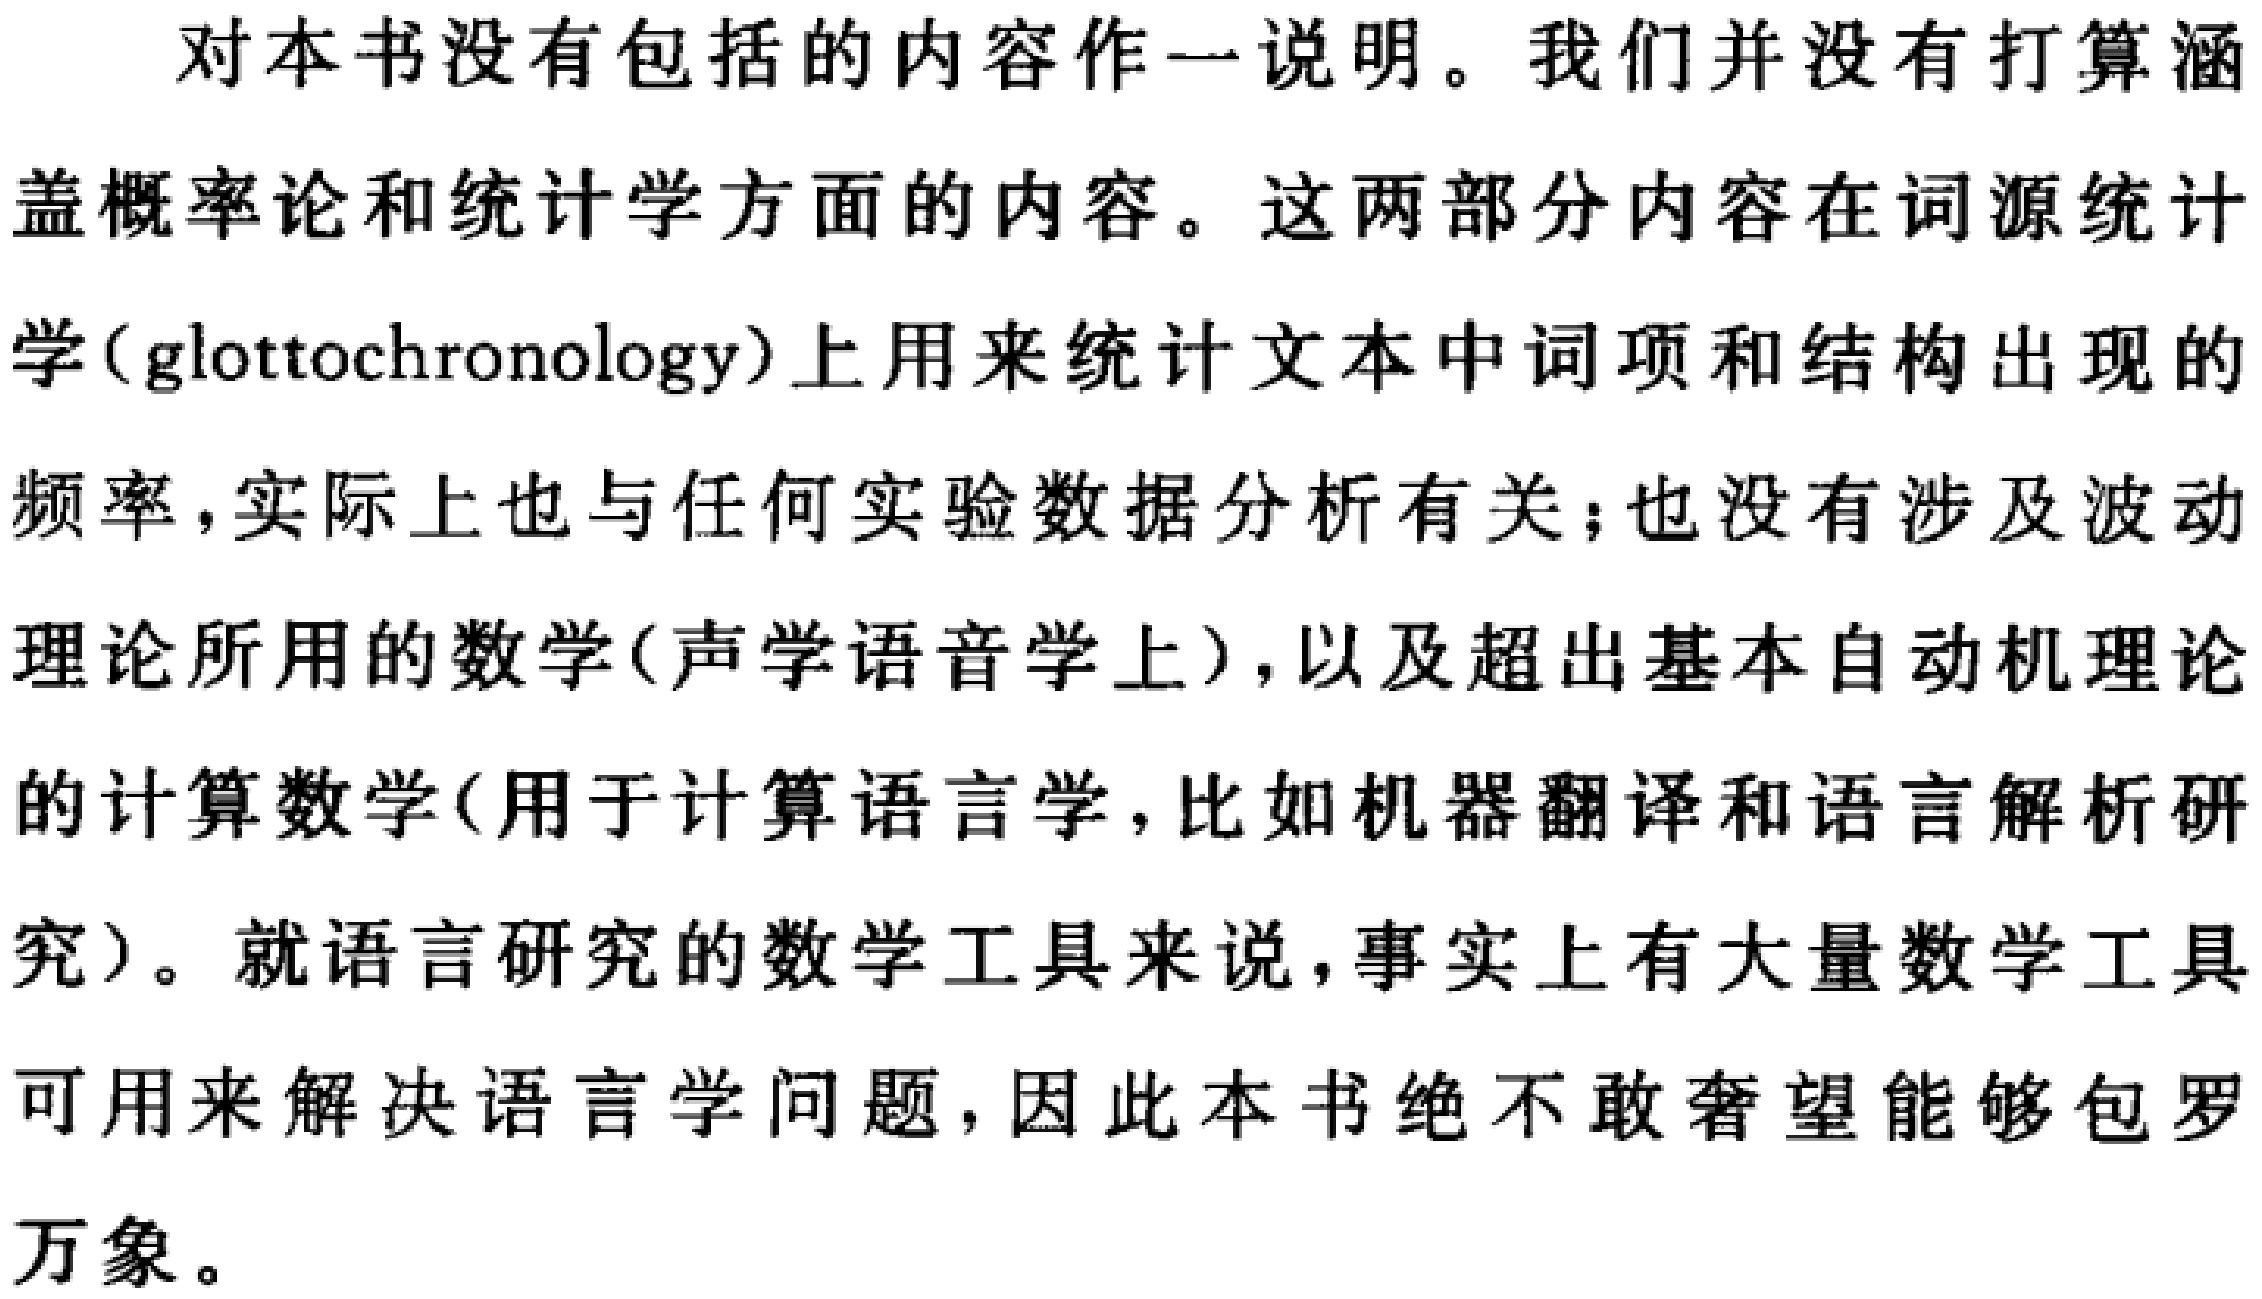
对本书没有包括的内容作一说明。我们并没有打算涵盖概率论和统计学方面的内容。这两部分内容在词源统计学（glottochronology）上用来统计文本中词项和结构出现的频率，实际上也与任何实验数据分析有关；也没有涉及波动理论所用的数学（声学语音学上），以及超出基本自动机理论的计算数学（用于计算语言学，比如机器翻译和语言解析研究）。就语言研究的数学工具来说，事实上有大量数学工具可用来解决语言学问题，因此本书绝不敢奢望能够包罗万象。